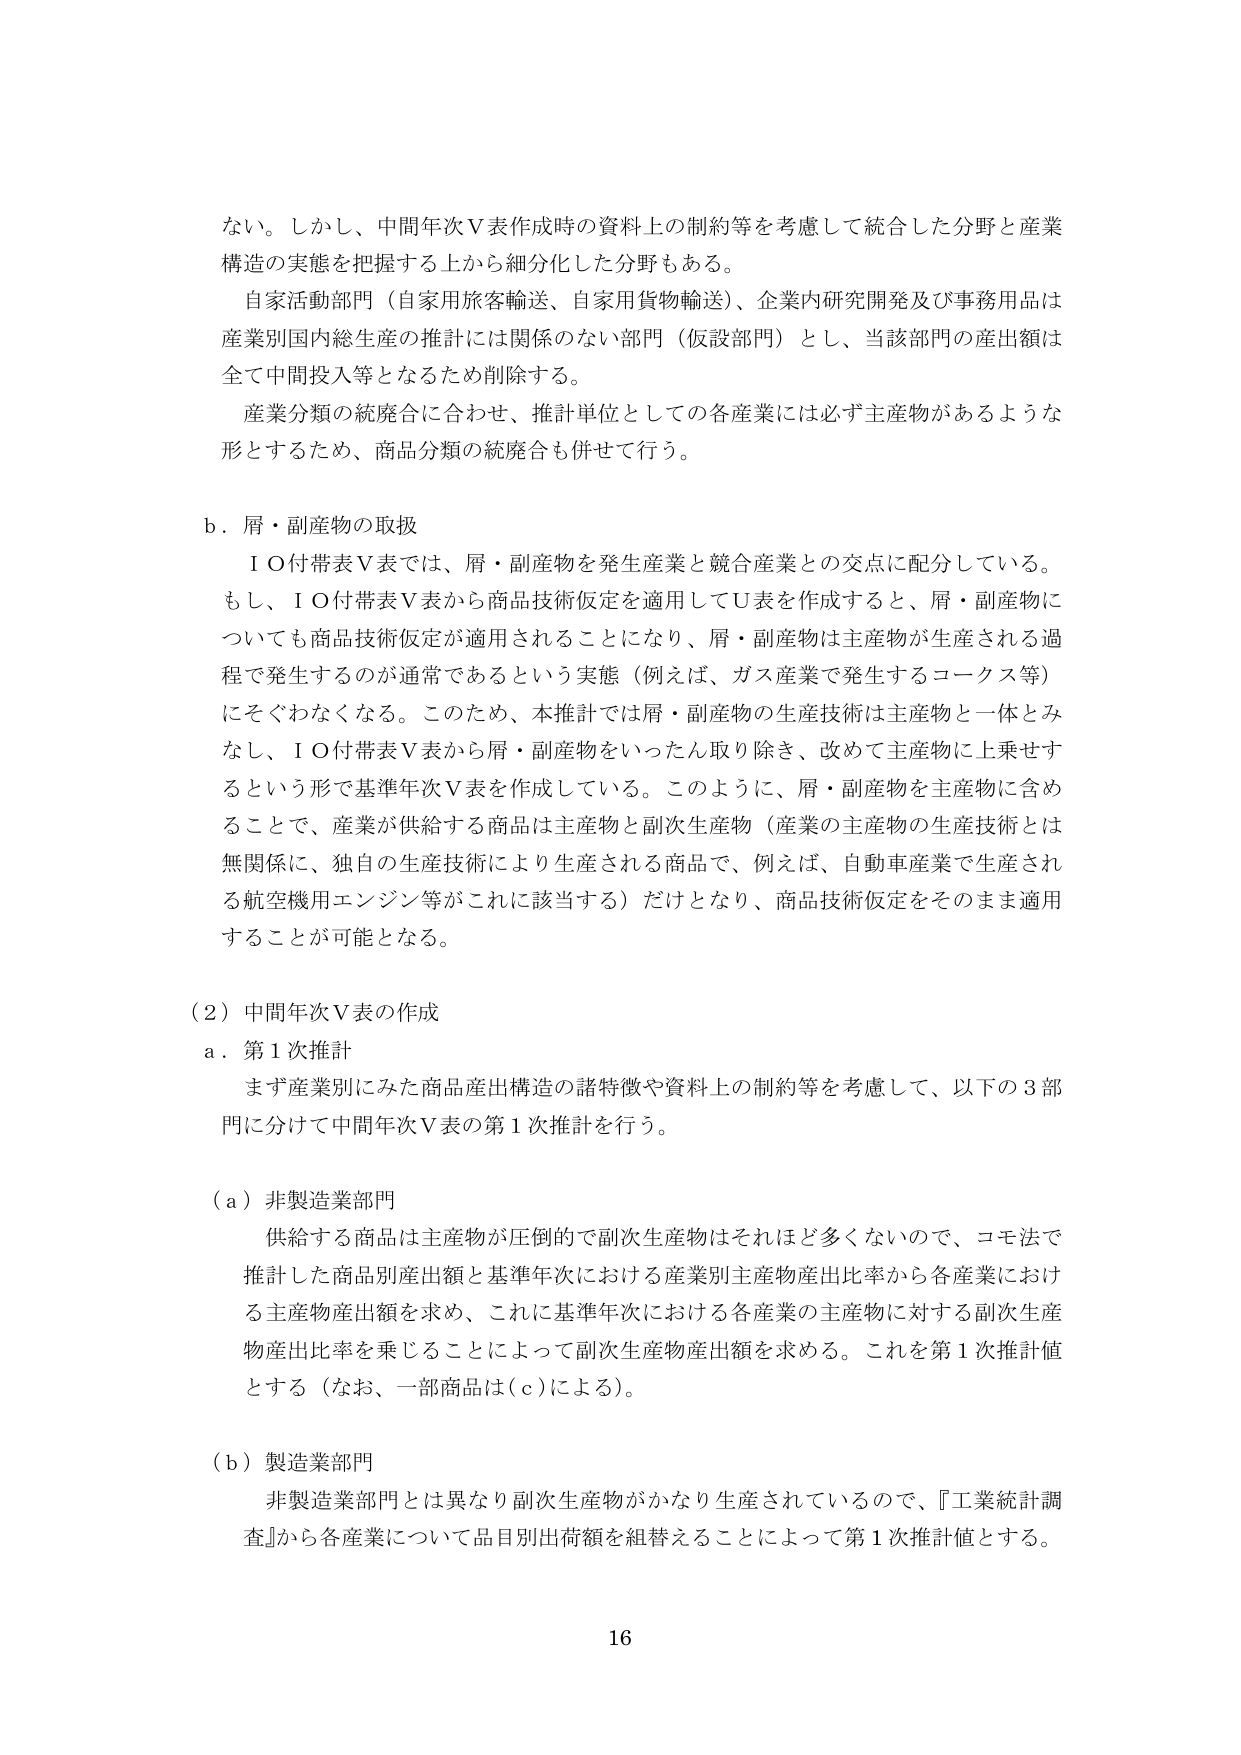
ない。しかし、中間年次Ｖ表作成時の資料上の制約等を考慮して統合した分野と産業構造の実態を把握する上から細分化した分野もある。

自家活動部門（自家用旅客輸送、自家用貨物輸送）、企業内研究開発及び事務用品は産業別国内総生産の推計には関係のない部門（仮設部門）とし、当該部門の産出額は全て中間投入等となるため削除する。

産業分類の統廃合に合わせ、推計単位としての各産業には必ず主産物があるような形とするため、商品分類の統廃合も併せて行う。

ｂ．屑・副産物の取扱

ＩＯ付帯表Ｖ表では、屑・副産物を発生産業と競合産業との交点に配分している。もし、ＩＯ付帯表Ｖ表から商品技術仮定を適用してＵ表を作成すると、屑・副産物についても商品技術仮定が適用されることになり、屑・副産物は主産物が生産される過程で発生するのが通常であるという実態（例えば、ガス産業で発生するコークス等）にそぐわなくなる。このため、本推計では屑・副産物の生産技術は主産物と一体とみなし、ＩＯ付帯表Ｖ表から屑・副産物をいったん取り除き、改めて主産物に上乗せするという形で基準年次Ｖ表を作成している。このように、屑・副産物を主産物に含めることで、産業が供給する商品は主産物と副次生産物（産業の主産物の生産技術とは無関係に、独自の生産技術により生産される商品で、例えば、自動車産業で生産される航空機用エンジン等がこれに該当する）だけとなり、商品技術仮定をそのまま適用することが可能となる。

（２）中間年次Ｖ表の作成

ａ．第１次推計

まず産業別にみた商品産出構造の諸特徴や資料上の制約等を考慮して、以下の３部門に分けて中間年次Ｖ表の第１次推計を行う。

（ａ）非製造業部門

供給する商品は主産物が圧倒的で副次生産物はそれほど多くないので、コモ法で推計した商品別産出額と基準年次における産業別主産物産出比率から各産業における主産物産出額を求め、これに基準年次における各産業の主産物に対する副次生産物産出比率を乗じることによって副次生産物産出額を求める。これを第１次推計値とする（なお、一部商品は（ｃ）による）。

（ｂ）製造業部門

非製造業部門とは異なり副次生産物がかなり生産されているので、『工業統計調査』から各産業について品目別出荷額を組替えることによって第１次推計値とする。

16